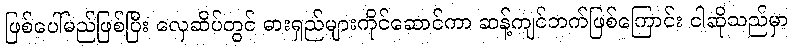
ဖြစ်ပေါ်မည်ဖြစ်ပြီး လှေဆိပ်တွင် ဓားရှည်များကိုင်ဆောင်ကာ ဆန့်ကျင်ဘက်ဖြစ်ကြောင်း ငါဆိုသည်မှာ